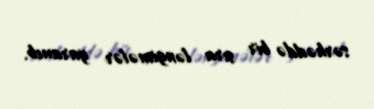
sərhəddə bir sıra ləngimələr yaranıb.